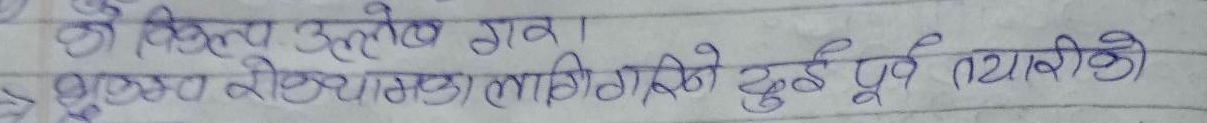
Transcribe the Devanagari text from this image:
की किता उल्लेख गरा।
रुपैयामा लागीगरेको दुई पूर्व तयारीको